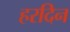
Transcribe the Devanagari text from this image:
हरदिन